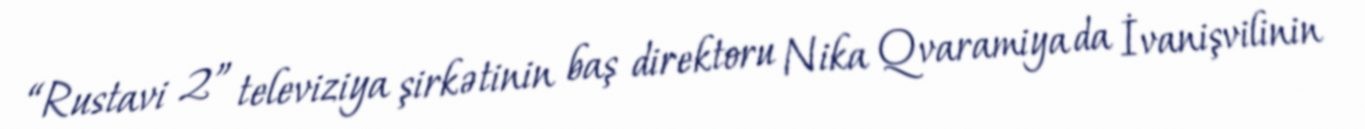
“Rustavi 2” televiziya şirkətinin baş direktoru Nika Qvaramiya da İvanişvilinin